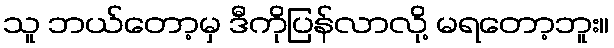
သူ ဘယ်တော့မှ ဒီကိုပြန်လာလို့ မရတော့ဘူး။